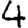
Digit: 4